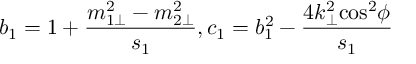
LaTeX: b _ { 1 } = 1 + \frac { m _ { 1 \bot } ^ { 2 } - m _ { 2 \bot } ^ { 2 } } { s _ { 1 } } , c _ { 1 } = b _ { 1 } ^ { 2 } - \frac { 4 { k } _ { \bot } ^ { 2 } { \cos } ^ { 2 } \phi } { s _ { 1 } }